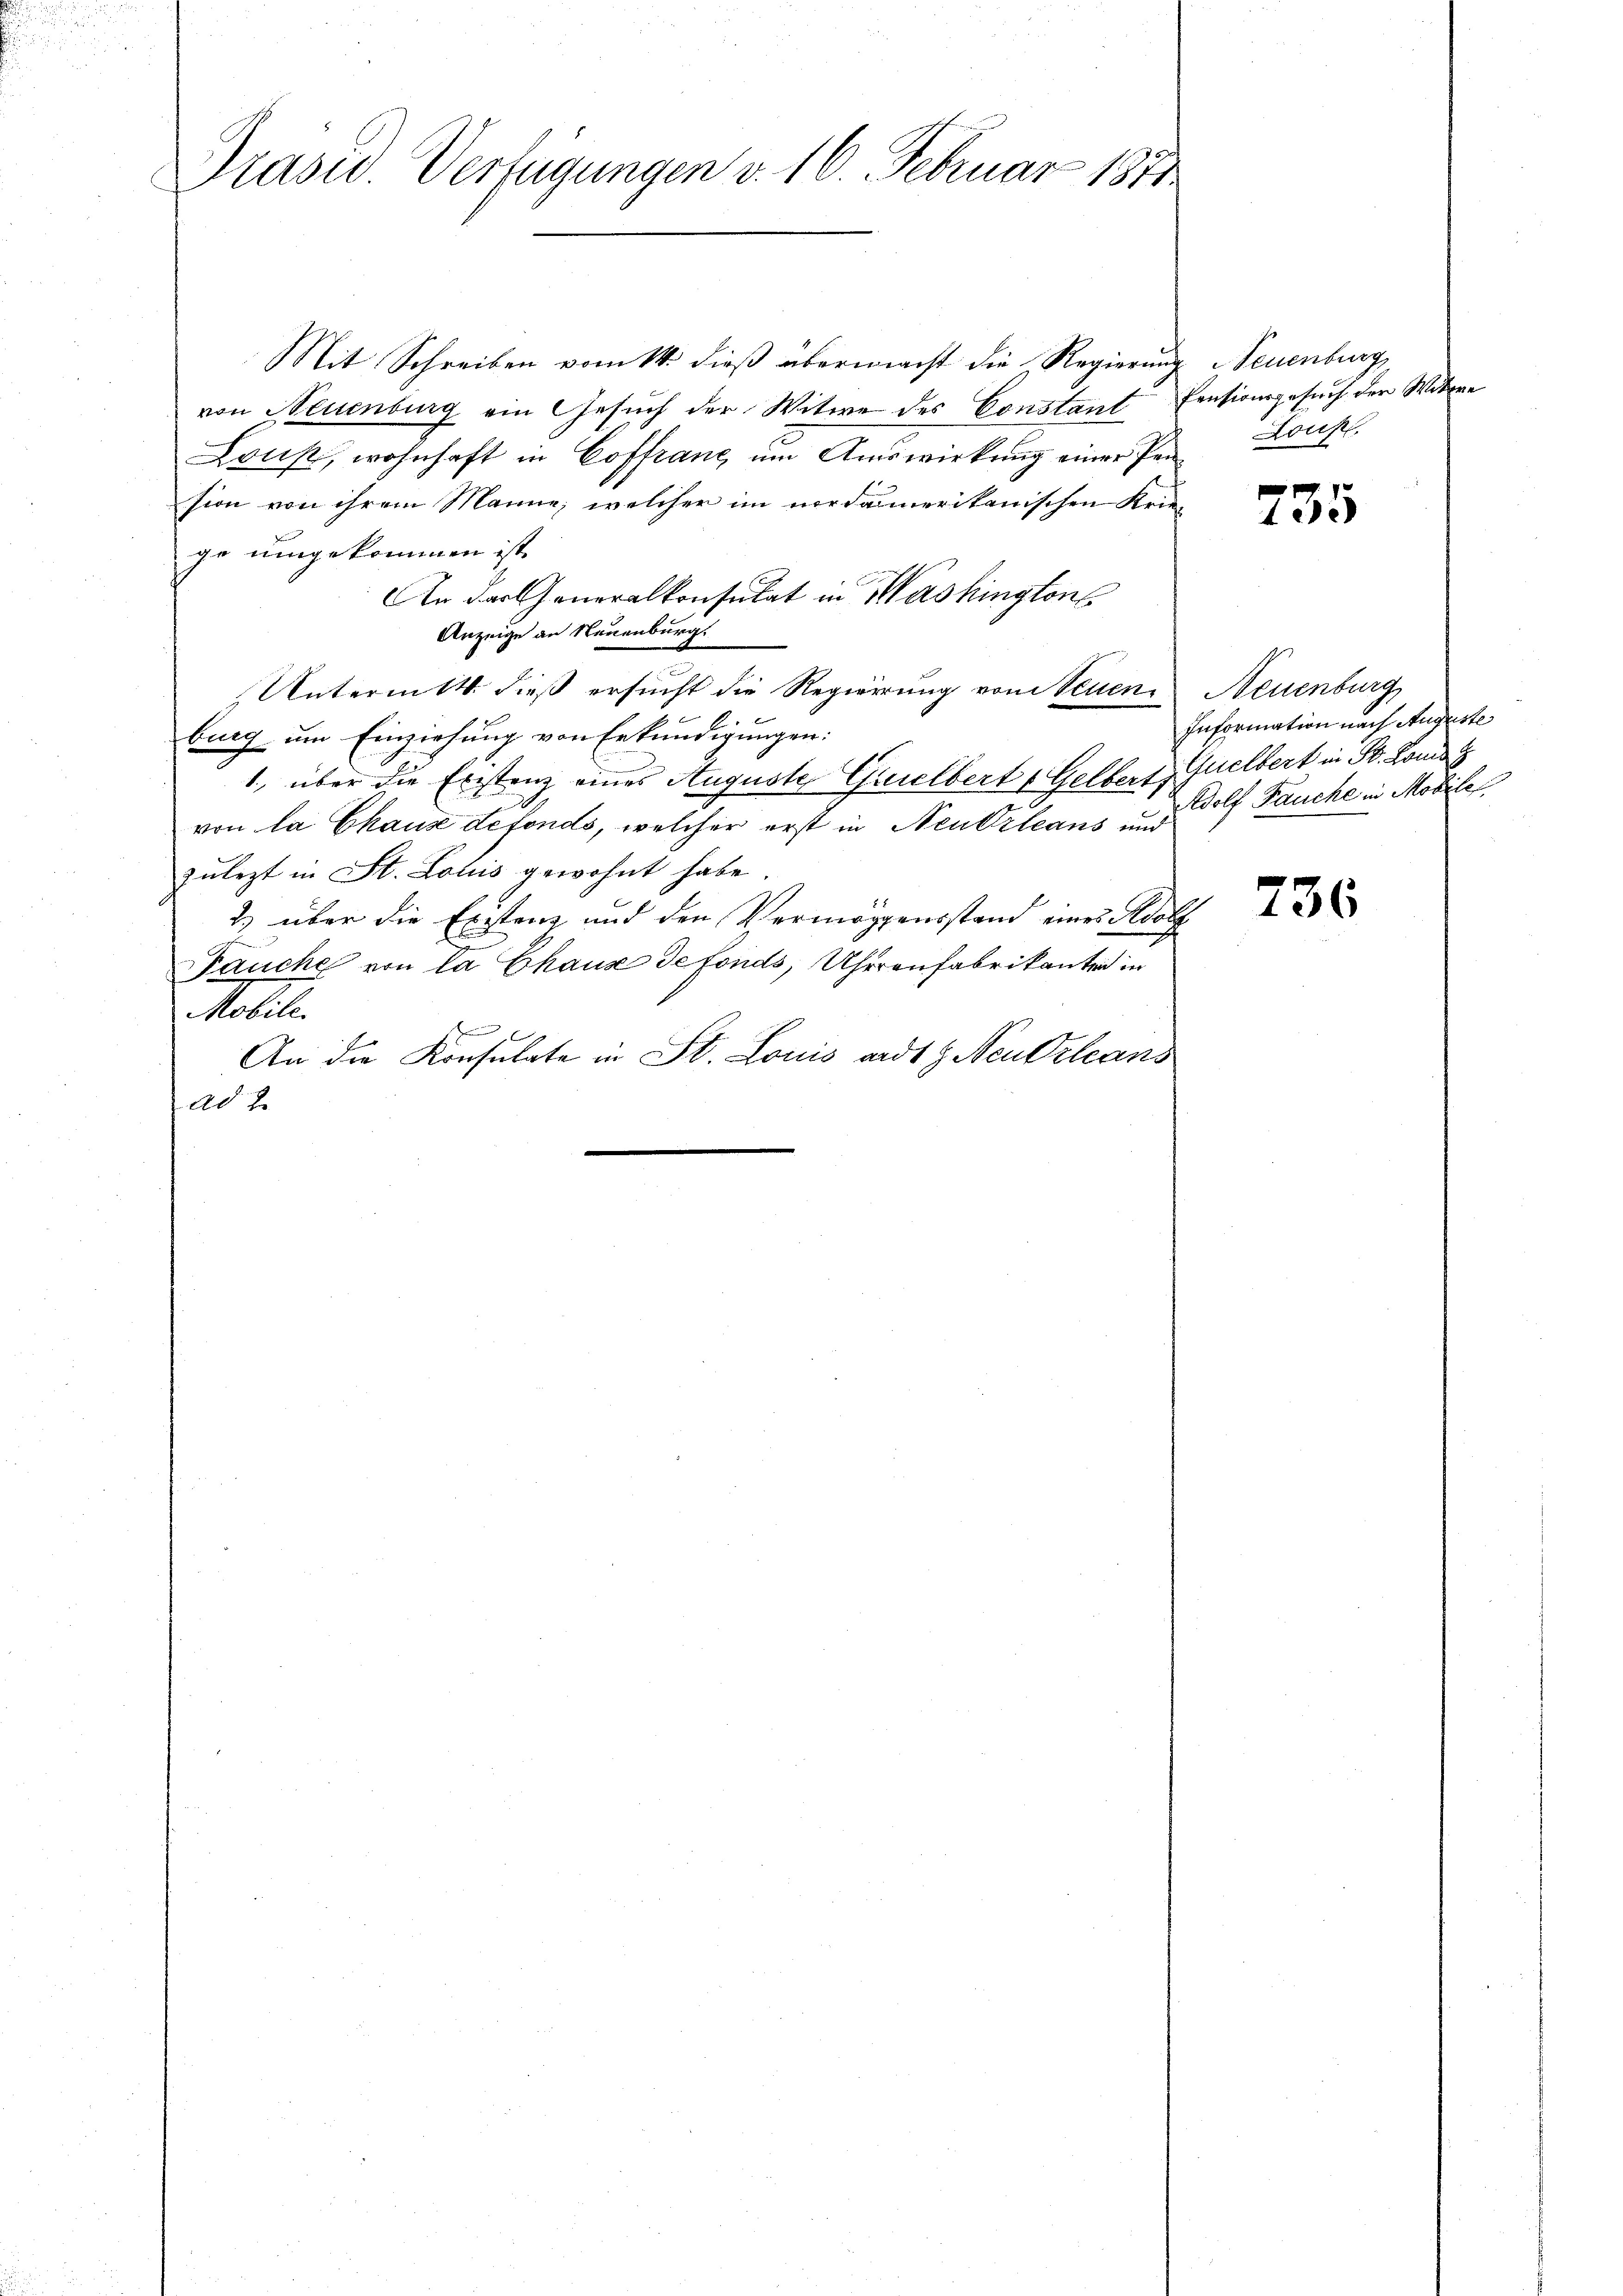
Präsid. Verfügungen v. 16. Februar 1870

Mit Schreiben vom 14. dieß übermacht die Regierung
von Neuenburg ein Gesuch der Witwe des Constant Pensionsgesuch den Witwe
Lous, wohnhaft in Coffranz um Auswirkung einer Persion von ihrem Manne, welcher im nordamerikanischen Krie-
ge umgekommen ist.
An das Generalkonsulat in Washingtons
Anzeige an Neuenburg
Unterm 14. dieß ersucht die Regierung von Neuen Neuenburg
burg um Einziehung von Erkundigungen:
1., über die Existenz eines Auguste Guilbert Gelbert, Quelbert in St. Louis
von la Chause defonds, welcher erst in Neukrleans und Wolf Pauche in Mobili
zulezt in St. Louis gewohnt habe.
2) über die Existenz und den Vermögensstand eines Adolf
Fauche von la Chaus defonds, Uhrenfabrikante in
Mobile.
E
An die Konsulate in St. Louis andt G. Neu Orleans
ad 2.

Seuenburg,
Lous.

735

Information nach Auguste

736